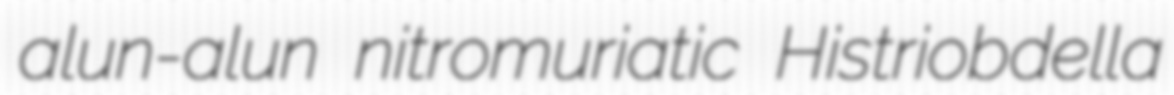
alun-alun nitromuriatic Histriobdella